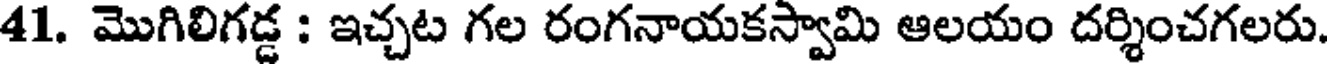
41. మొగిలిగడ్డ : ఇచ్చట గల రంగనాయకస్వామి ఆలయం దర్శించగలరు.